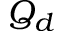
Q _ { d }